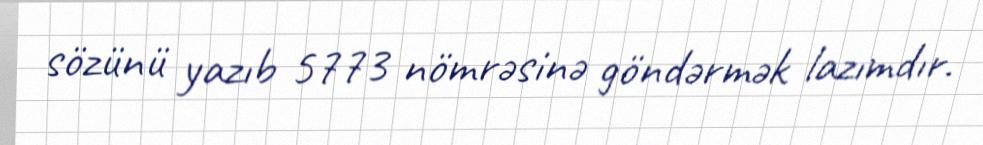
sözünü yazıb 5773 nömrəsinə göndərmək lazımdır.